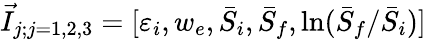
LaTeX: \vec{I}_{j;j=1,2,3}=[\varepsilon_{i},w_{e},\bar{S}_{i},\bar{S}_{f},\mathrm{ln}(\bar{S}_{f}/\bar{S}_{i})]